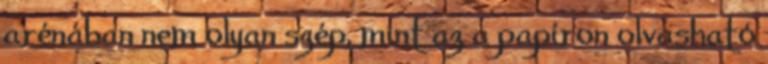
arénában nem olyan szép, mint az a papíron olvasható